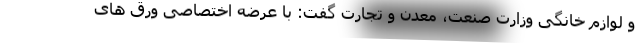
و لوازم خانگی وزارت صنعت، معدن و تجارت گفت: با عرضه اختصاصی ورق های